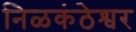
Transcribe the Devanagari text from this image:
निळकंठेश्वर